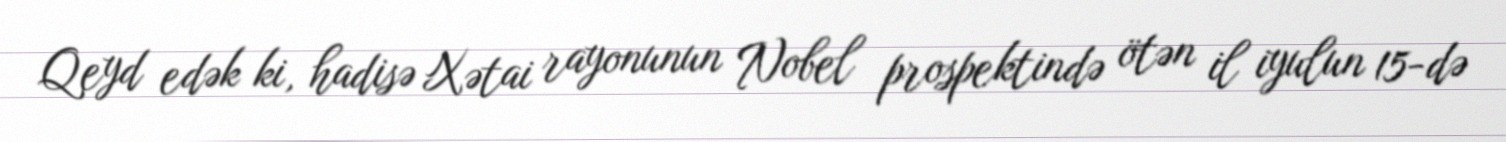
Qeyd edək ki, hadisə Xətai rayonunun Nobel prospektində ötən il iyulun 15-də